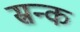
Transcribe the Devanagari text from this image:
स्रन्क